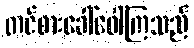
တင်စားခေါ်ဝေါ်ကြသည်